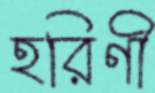
হরিণী